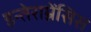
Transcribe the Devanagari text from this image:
इन्तेराम्नेंसिस